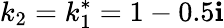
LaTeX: k_{2}=k_{1}^{*}=1-0.5\mathbf{i}